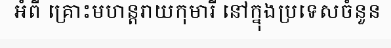
អំពី គ្រោះមហន្តរាយកុមារី នៅក្នុងប្រទេសចំនួន